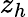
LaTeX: z_{h}